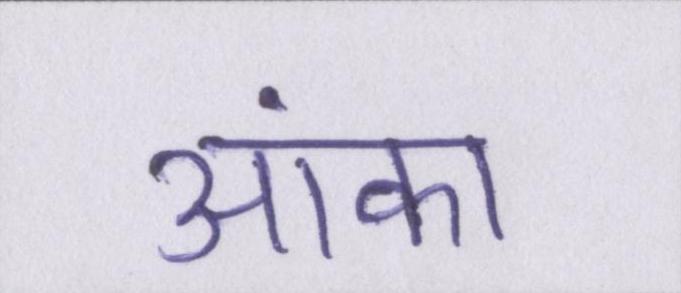
आंका